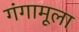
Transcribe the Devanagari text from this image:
गंगामूला